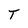
Character: T